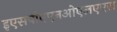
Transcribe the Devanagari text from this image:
इएसपीएएनओएलएएस